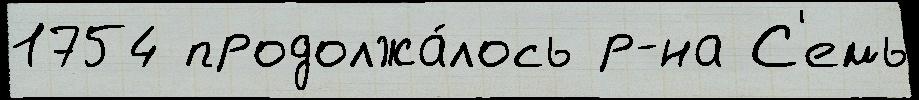
1754 продолжа́лось р-на С'емь